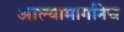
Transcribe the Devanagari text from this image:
आल्यामार्गानेच